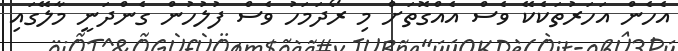
އެހެން އަހަރުތަކެކޭ ވެސް އެއްގޮތަށް މި ރޯދަމަހު ވެސް ފުލުހުން ގެންދަނީ މާލޭގައި